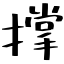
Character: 撑